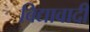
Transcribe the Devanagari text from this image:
विद्यावादी